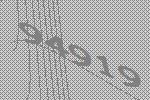
94919